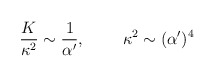
\begin{align*}\frac{K}{\kappa^2}\sim\frac{1}{\alpha'},\;\;\;\;\;\;\;\;\kappa^2\sim(\alpha')^4\end{align*}